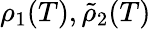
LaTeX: \rho_{1}(T),\tilde{\rho}_{2}(T)